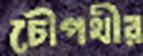
চৌপথীর